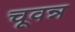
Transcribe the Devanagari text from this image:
चूवन्न